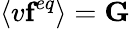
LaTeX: \left\langle v\textbf{f}^{eq}\right\rangle=\textbf{G}